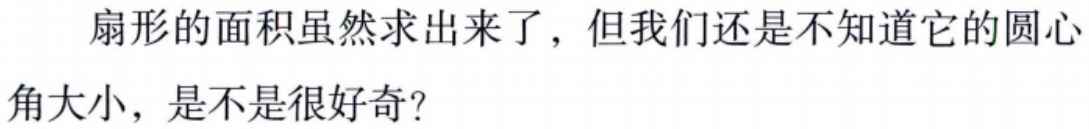
扇形的面积虽然求出来了，但我们还是不知道它的圆心角大小，是不是很好奇？